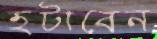
হটাবেন